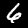
Digit: 6